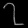
Digit: ၇